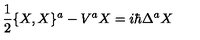
{ \frac { 1 } { 2 } } \{ X , X \} ^ { a } - V ^ { a } X = i \hbar \Delta ^ { a } X